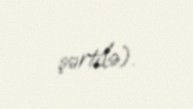
şərtilə).